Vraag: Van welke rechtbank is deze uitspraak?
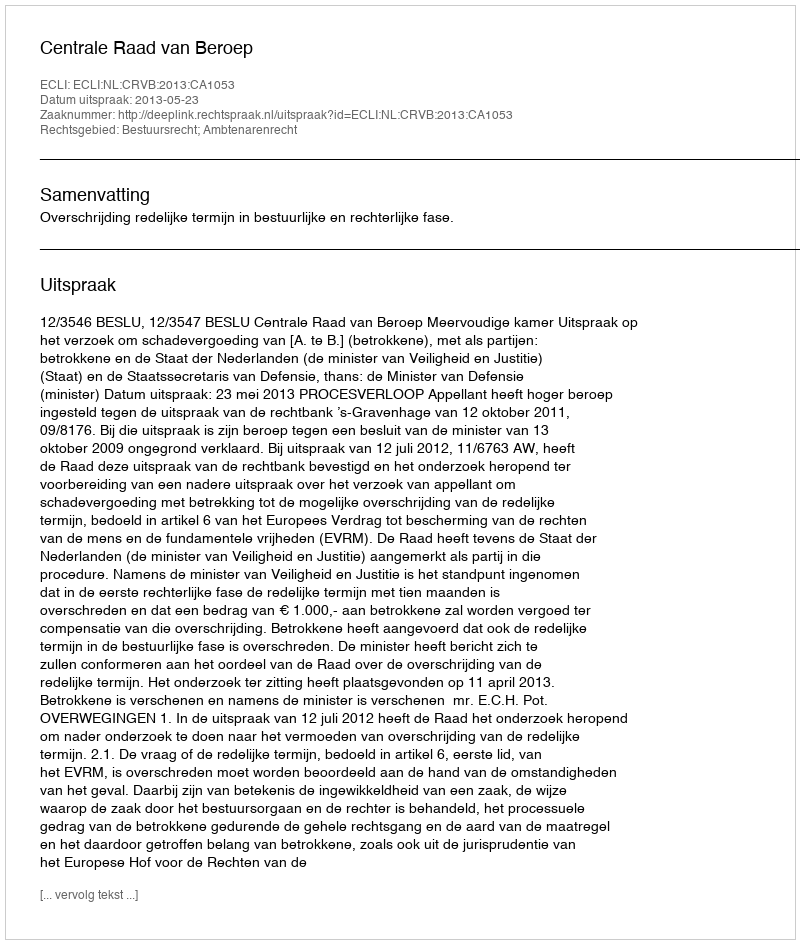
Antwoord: Centrale Raad van Beroep